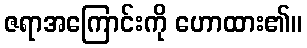
ဇရာအကြောင်းကို ဟောထား၏။